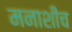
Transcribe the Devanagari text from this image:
मनाशीच